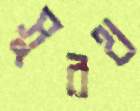
সুরথ